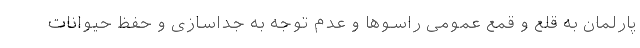
پارلمان به قلع و قمع عمومی راسوها و عدم توجه به جداسازی و حفظ حیوانات